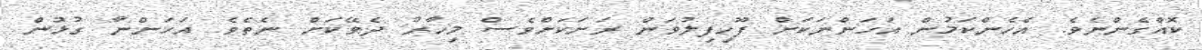
ކޮއްގެންނެވެ. އެހެންކަމުން އަހަންނަކަށް ފޫހިފިލުވަން ރަށަކަށްވެސް މިހާރު ދެވޭކަށް ނެތެވެ. އަހަންނާ ގުޅުން